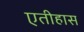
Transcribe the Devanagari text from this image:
एतीहास